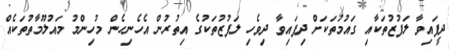
ދީފައިވާ ލަފުޒުތަކާއި ގައުމުތަކަށް ދިފައިވާ ދިވެހި ލަފުޒުތަކުގެ އިތުރުން އެހެނިހެން މުހިންމު މައުލޫމާތުތަކެއް